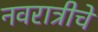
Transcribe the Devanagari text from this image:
नवरात्रीचे